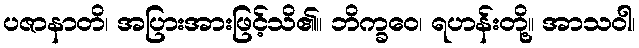
ပဇာနာတိ၊ အပြားအားဖြင့်သိ၏။ ဘိက္ခဝေ၊ ရဟန်းတို့။ အာသဝါ၊